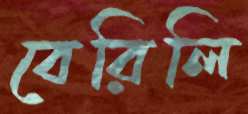
বেরিলি